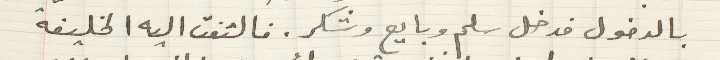
بالدخول فدخل سلم وبايع وشكر. فالتفت اليه الخليفة